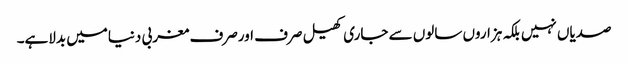
صدیاں نہیں بلکہ ہزاروں سالوں سے جاری کھیل صرف اورصرف مغربی دنیامیں بدلاہے۔